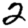
Digit: 2